Report on the bubonic plague in Bombay, 1896-1897
Year: 1896
Disease focus: Plague
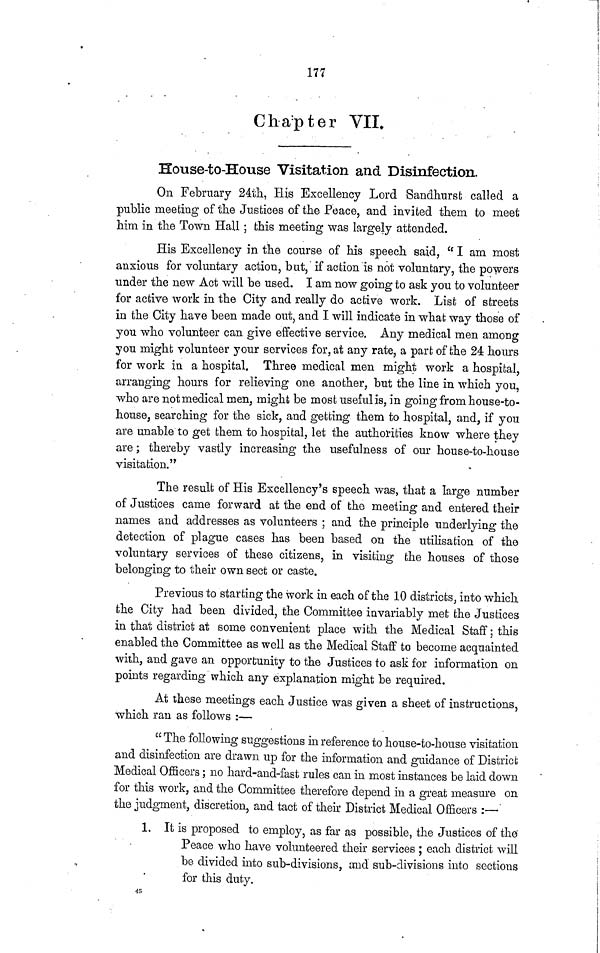
177
Chapter VIL
House-to-House Visitation and Disinfection.
On February 24th, His Excellency Lord Sandhurst called a
public meeting of the Justices of the Peace, and invited them to meet
him in the Town Hall ; this meeting was largely attended.
His Excellency in the course of his speech said, " I am most
anxious for voluntary action, but, if action is not voluntary, the powers
under the new Act will be used. I am now going to ask you to volunteer
for active work in the City and really do active work. List of streets
in the City have been made out, and I will indicate in what way those of
you who volunteer can give effective service. Any medical men among
you might volunteer your services for, at any rate, a part of the 24 hours
for work in a hospital. Three medical men might work a hospital,
arranging hours for relieving one another, but the line in which you,
who are not medical men, might be most useful is, in going from house-to-
house, searching for the sick, and getting them to hospital, and, if you
are unable to get them to hospital, let the authorities know where they
are ; thereby vastly increasing the usefulness of our house-to-house
visitation."
The result of His Excellency's speech was, that a large number
of Justices came forward at the end of the meeting and entered their
names and addresses as volunteers ; and the principle underlying the
detection of plague cases has been based on the utilisation of the
voluntary services of these citizens, in visiting the houses of those
belonging to their own sect or caste.
Previous to starting the work in each of the 10 districts, into which
the City had been divided, the Committee invariably met the Justices
in that district at some convenient place with the Medical Staff; this
enabled the Committee as well as the Medical Staff to become acquainted
with, and gave an opportunity to the Justices to ask for information on
points regarding which any explanation might be required.
At these meetings each Justice was given a sheet of instructions,
which ran as follows :—
" The following suggestions in reference to house-to-house visitation
and disinfection are drawn up for the information and guidance of District
Medical Officers ; no hard-and-fast rules can in most instances be laid down
for this work, and the Committee therefore depend in a great measure on
the judgment, discretion, and tact of their District Medical Officers :—
1. It is proposed to employ, as far as possible, the Justices of the
Peace who have volunteered their services ; each district will
be divided into sub-divisions, and" sub-divisions into sections
for this duty.
45